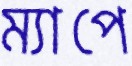
ম্যাপে